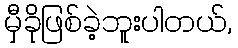
မှီခိုဖြစ်ခဲ့ဘူးပါတယ်,